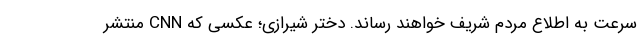
سرعت به اطلاع مردم شریف خواهند رساند. دختر شیرازی؛ عکسی که CNN منتشر